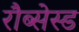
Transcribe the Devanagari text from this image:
रौब्सेस्ड